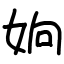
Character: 姠